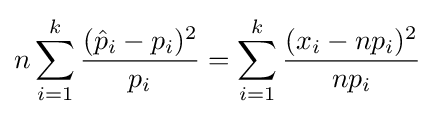
n\sum _{i=1}^{k}{\frac {({\hat {p}}_{i}-p_{i})^{2}}{p_{i}}}=\sum _{i=1}^{k}{\frac {(x_{i}-np_{i})^{2}}{np_{i}}}